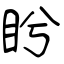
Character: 盻